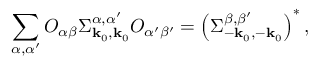
\sum _ { \alpha , \alpha ^ { \prime } } O _ { \alpha \beta } \Sigma _ { \mathbf { k } _ { 0 } , \mathbf { k } _ { 0 } } ^ { \alpha , \alpha ^ { \prime } } O _ { \alpha ^ { \prime } \beta ^ { \prime } } = \left( \Sigma _ { - \mathbf { k } _ { 0 } , - \mathbf { k } _ { 0 } } ^ { \beta , \beta ^ { \prime } } \right) ^ { * } ,